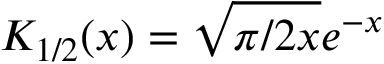
K _ { 1 / 2 } ( x ) = \sqrt { \pi / 2 x } e ^ { - x }